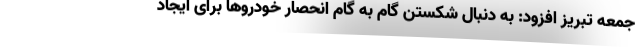
جمعه تبریز افزود: به دنبال شکستن گام به گام انحصار خودروها برای ایجاد